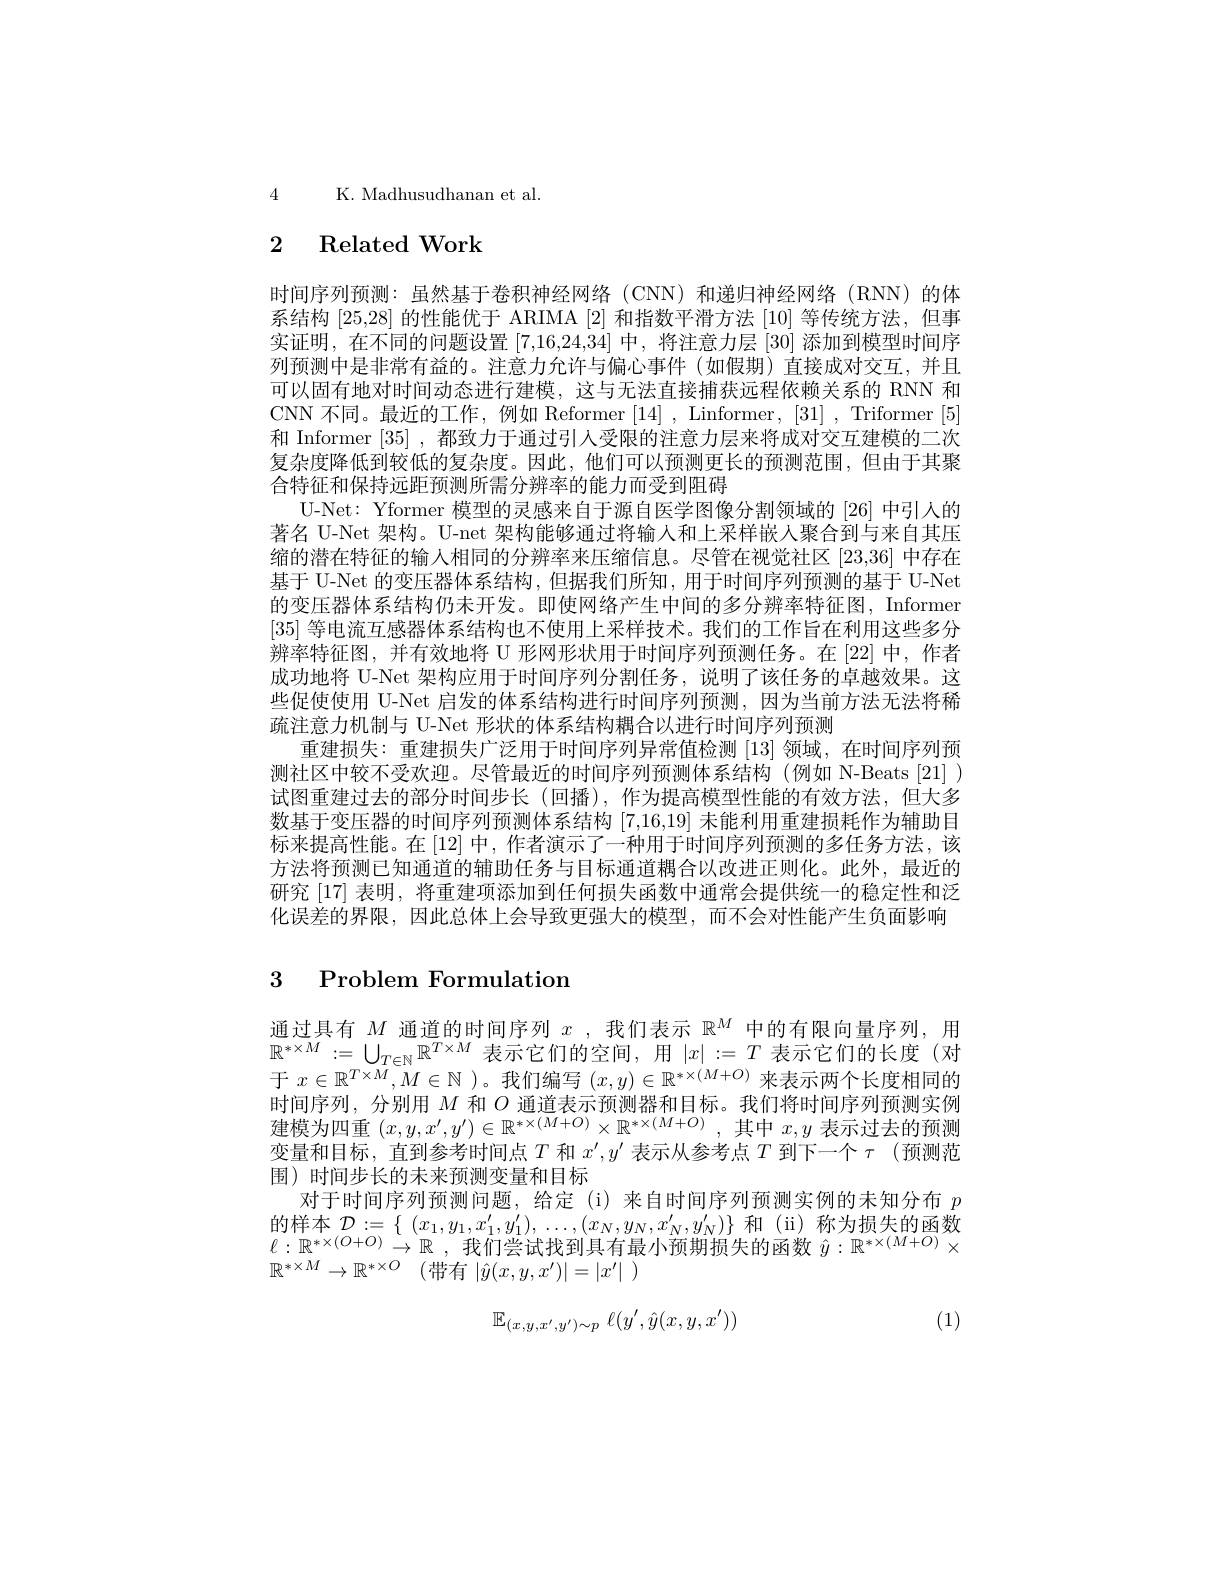
4 K. Madhusudhanan et al.

## 2 Related Work

时间序列预测：虽然基于卷积神经网络(CNN)和递归神经网络(RNN)的体系结构[25,28]的性能优于 ARIMA [2]和指数平滑方法[10]等传统方法，但事实证明，在不同的问题设置[7,16,24,34]中，将注意力层 [30] 添加到模型时间序列预测中是非常有益的。注意力允许与偏心事件(如假期)直接成对交互，并且可以固有地对时间动态进行建模，这与无法直接捕获远程依赖关系的 RNN 和CNN 不同。最近的工作，例如 Reformer [14] , Linformer, [31] , Triformer [5] 和 Informer [35] ,都致力于通过引人受限的注意力层来将成对交互建模的二次复杂度降低到较低的复杂度。因此，他们可以预测更长的预测范围，但由于其聚合特征和保持远距预测所需分辨率的能力而受到阻碍
U-Net: Yformer 模型的灵感来自于源自医学图像分割领域的[26]中引入的著名 U-Net 架构。U-net 架构能够通过将输人和上采样嵌入聚合到与来自其压缩的潜在特征的输人相同的分辨率来压缩信息。尽管在视觉社区 [23,36] 中存在基于 U-Net 的变压器体系结构，但据我们所知，用于时间序列预测的基于 U-Net 的变压器体系结构仍未开发。即使网络产生中间的多分辨率特征图，Informer [35]等电流互感器体系结构也不使用上采样技术。我们的工作旨在利用这些多分辨率特征图，并有效地将 U 形网形状用于时间序列预测任务。在 [22] 中，作者成功地将 U-Net 架构应用于时间序列分割任务，说明了该任务的卓越效果。这些促使使用 U-Net 启发的体系结构进行时间序列预测，因为当前方法无法将稀疏注意力机制与 U-Net 形状的体系结构耦合以进行时间序列预测
重建损失：重建损失广泛用于时间序列异常值检测[13]领域，在时间序列预测社区中较不受欢迎。尽管最近的时间序列预测体系结构(例如 N-Beats[21]) 试图重建过去的部分时间步长 (回播), 作为提高模型性能的有效方法，但大多数基于变压器的时间序列预测体系结构[7,16,19]未能利用重建损耗作为辅助目标来提高性能。在 [12] 中，作者演示了一种用于时间序列预测的多任务方法，该方法将预测已知通道的辅助任务与目标通道耦合以改进正则化。此外，最近的研究[17]表明，将重建项添加到任何损失函数中通常会提供统一的稳定性和泛化误差的界限，因此总体上会导致更强大的模型，而不会对性能产生负面影响

# 3 Problem Formulation

通过具有$M$通道的时间序列$x$ ,我们表示$\mathbb{R}^M$中的有限向量序列，用$\mathbb{R}^{*\times M}:=\bigcup_{T\in\mathbb{N}}\mathbb{R}^{T\times M}$表示它们的空间，用$\left|x\right|:=T$ 表示它们的长度(对于$x\in\mathbb{R}^{T\times M},M\in\mathbb{N}$ )。我们编写$(x,y)\in\mathbb{R}^{*\times(M+O)}$来表示两个长度相同的时间序列，分别用$M$和$O$通道表示预测器和目标。我们将时间序列预测实例建模为四重$(x,y,x^{\prime},y^{\prime})\in\mathbb{R}^{*\times(M+O)}\times\mathbb{R}^{*\times(M+O)}$,其中$x,y$表示过去的预测变量和目标，直到参考时间点$T$和$x^\prime,y^{\prime}$表示从参考点$T$到下一个$\tau$ (预测范围)时间步长的未来预测变量和目标
对于时间序列预测问题，给定(i)来自时间序列预测实例的未知分布$p$ 的样本$\mathcal{D} : = \{$ $( x_1, y_1, x_1^{\prime }, y_1^{\prime }) , \ldots , ( x_N, y_N, x_N^{\prime }, y_N^{\prime }) \}$ 和(ii)称为损失的函数$\ell : \mathbb{R} ^{* \times ( O+ O) }\to \mathbb{R}$ ,我们尝试找到具有最小预期损失的函数$\hat{y}:\mathbb{R}^{*\times(M+O)}\times$ $\mathbb{R} ^{* \times M}\to \mathbb{R} ^{* \times O}$ (带有$| \hat{y} ( x, y, x^{\prime }) | = | x^{\prime }|$ )

(1)
$$\mathbb{E}_{(x,y,x',y')\sim p}\:\ell(y',\hat{y}(x,y,x'))$$